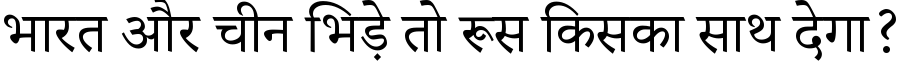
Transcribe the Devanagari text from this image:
भारत और चीन भिड़े तो रूस किसका साथ देगा?